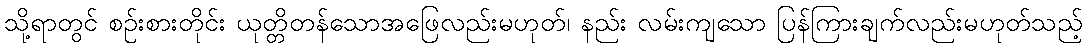
သို့ရာတွင် စဉ်းစားတိုင်း ယုတ္တိတန်သောအဖြေလည်းမဟုတ်၊ နည်း လမ်းကျသော ပြန်ကြားချက်လည်းမဟုတ်သည့်